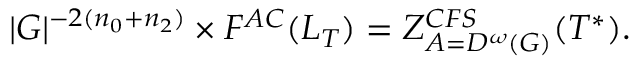
| G | ^ { - 2 ( n _ { 0 } + n _ { 2 } ) } \times F ^ { A C } ( L _ { T } ) = Z _ { A = D ^ { \omega } ( G ) } ^ { C F S } ( T ^ { \ast } ) .